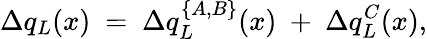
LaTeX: \Delta q_{L}(x)\ =\ \Delta q_{L}^{\{ A,B\} }(x)\ +\ \Delta q_{L}^{C}(x),